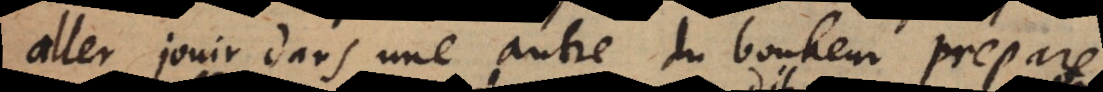
aller jouir dans une autre du bonheur prepar